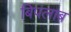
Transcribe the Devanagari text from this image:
बिपलाब